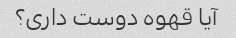
آیا قهوه دوست داری؟